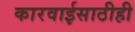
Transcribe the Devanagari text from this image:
कारवाईसाठीही